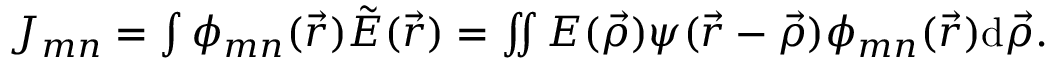
\begin{array} { r } { J _ { m n } = \int \phi _ { m n } ( \vec { r } ) \tilde { E } ( \vec { r } ) = \iint E ( \vec { \rho } ) \psi ( \vec { r } - \vec { \rho } ) \phi _ { m n } ( \vec { r } ) \mathrm { d } \vec { \rho } . } \end{array}